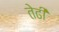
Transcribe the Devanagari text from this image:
तेढी